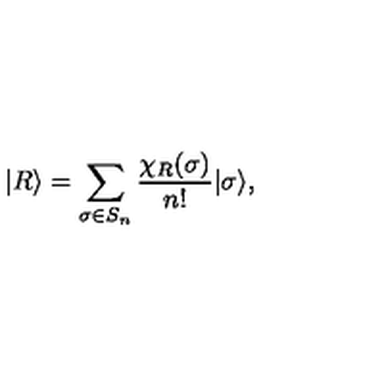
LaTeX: | R \rangle = \sum _ { \sigma \in S _ { n } } \frac { \chi _ { R } ( \sigma ) } { n ! } | \sigma \rangle ,